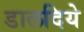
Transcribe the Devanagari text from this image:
डालदिये